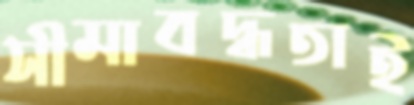
সীমাবদ্ধতাই